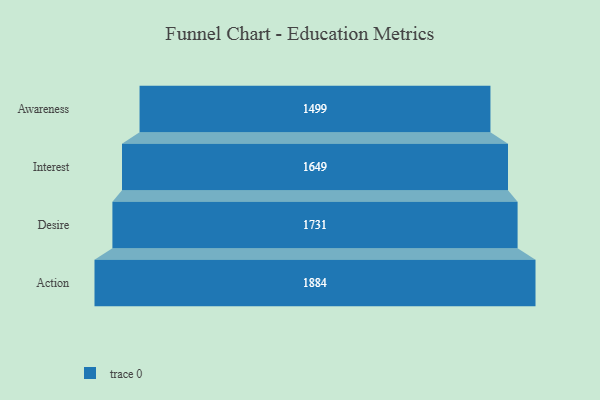
{"axis": {"x": "Stage", "y": "Value"}, "legend": [""], "data": [{"x": "Awareness", "y": 1499.0, "type": ""}, {"x": "Interest", "y": 1649.0, "type": ""}, {"x": "Desire", "y": 1731.0, "type": ""}, {"x": "Action", "y": 1884.0, "type": ""}]}